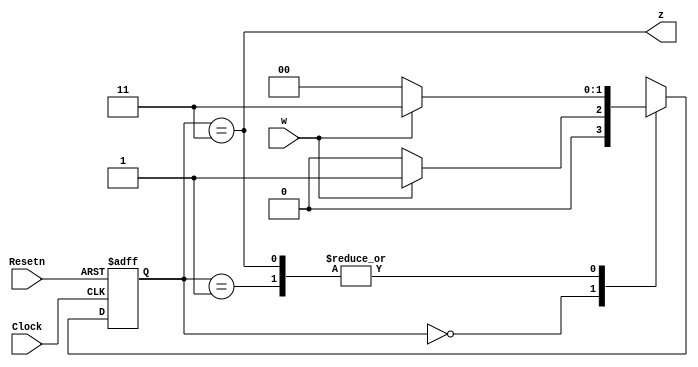
module problem1_19101196(Clock, Resetn, w, z);
	input Clock, Resetn, w;
	output z;
	reg [2:1] y, Y;
	parameter [2:1] A = 2'b00, B = 2'b01, C = 2'b11;
	
	always @(w, y)
		case (y)
			A:	if (w) Y = B;
				else Y = A;
			B:	if (w) Y = C;
				else Y = A;
			C:	if (w) Y = C;
				else Y = A;
			default: Y = 2'bxx;
		endcase
	
	always @(negedge Resetn, posedge Clock)
		if (Resetn == 0) y <= A;
		else y <= Y;
	
	assign z = (y == C);
	
endmodule